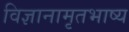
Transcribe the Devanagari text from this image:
विज्ञानामृतभाष्य